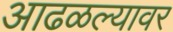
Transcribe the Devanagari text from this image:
आढळल्यावर